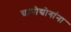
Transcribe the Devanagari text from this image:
ग्रामोद्योगांना